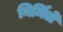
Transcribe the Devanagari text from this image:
निर्मिलें